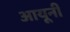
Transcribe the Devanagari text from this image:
आयूनी